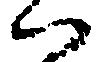
ハ